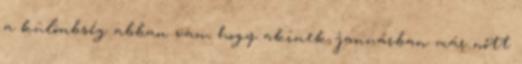
a különbség abban van, hogy akinek januárban már nőtt